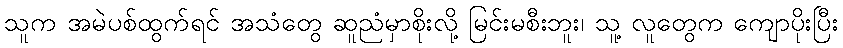
သူက အမဲပစ်ထွက်ရင် အသံတွေ ဆူညံမှာစိုးလို့ မြင်းမစီးဘူး၊ သူ့ လူတွေက ကျောပိုးပြီး